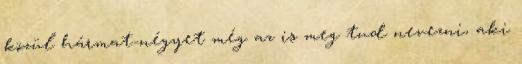
közül hármat-négyet még az is meg tud nevezni, aki